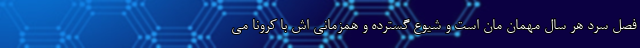
فصل سرد هر سال مهمان مان است و شیوع گسترده و همزمانی اش با کرونا می